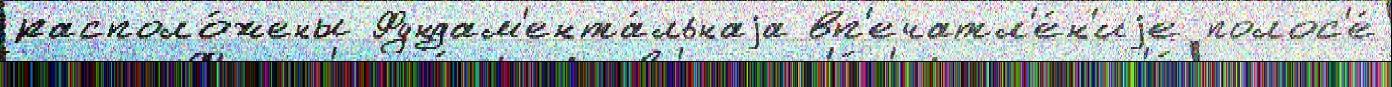
располо́жены Фундам'ента́льнаjа вп'ечатл'е́н'иjе полос'е́